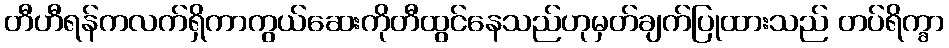
တီဟီရန်ကလက်ရှိကာကွယ်ဆေးကိုတီထွင်နေသည်ဟုမှတ်ချက်ပြုထားသည် တပ်ရိက္ခာ